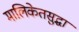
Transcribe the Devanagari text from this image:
मालिकेतसुद्धा